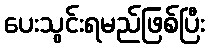
ပေးသွင်းရမည်ဖြစ်ပြီး